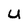
Character: U